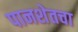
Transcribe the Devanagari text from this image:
पानशेतचा